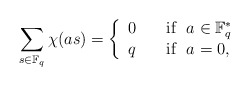
\begin{align*} \sum_{s\in \mathbb F_q} \chi(as)=\left\{\begin{array}{ll} 0 &\quad\mbox{if}~~a\in \mathbb F_q^*\\ q &\quad\mbox{if}~~a=0, \end{array} \right.\end{align*}